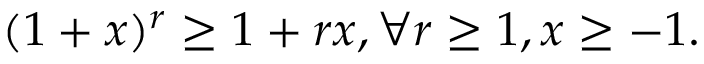
\begin{array} { r } { ( 1 + x ) ^ { r } \ge 1 + r x , \forall r \ge 1 , x \ge - 1 . } \end{array}